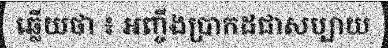
ឆ្លើយថា ៖ អញ្ចឹងប្រាកដជាសប្បាយ